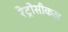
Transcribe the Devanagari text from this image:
रेट्रोसीकल